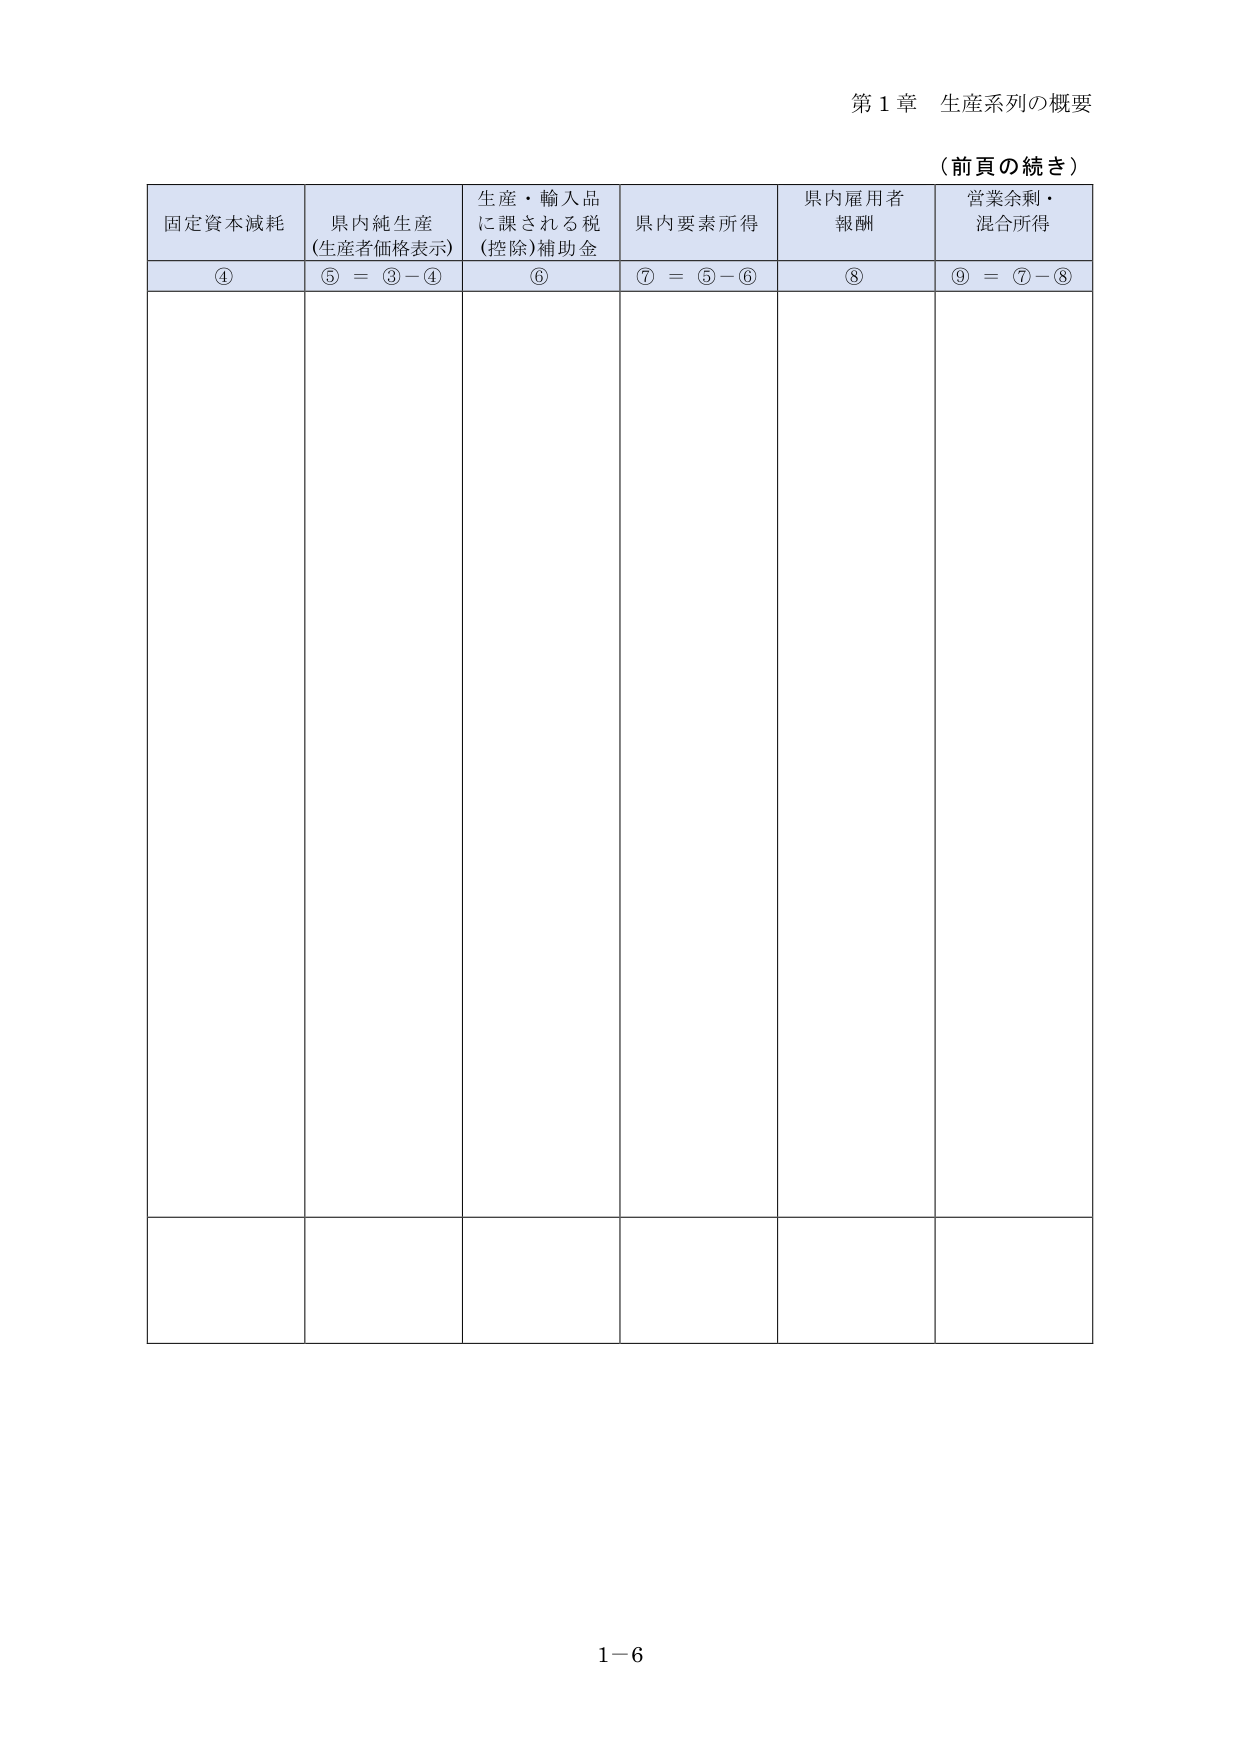
第１章 生産系列の概要

（前頁の続き）

固定資本減耗
④

県内純生産
（生産者価格表示）
⑤ ＝ ③－④

生産・輸入品
に課される税
（控除）補助金
⑥

県内要素所得
⑦ ＝ ⑤－⑥

県内雇用者
報酬
⑧

営業余剰・
混合所得
⑨ ＝ ⑦－⑧

1－6